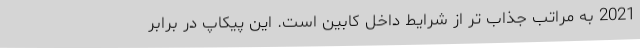
2021 به مراتب جذاب تر از شرایط داخل کابین است. این پیکاپ در برابر